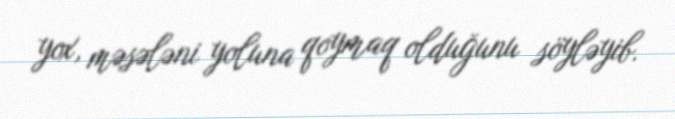
yox, məsələni yoluna qoymaq olduğunu söyləyib.